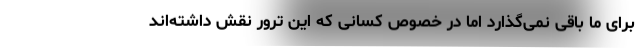
برای ما باقی نمی‌گذارد اما در خصوص کسانی که این ترور نقش داشته‌اند